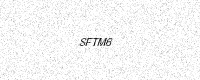
Text: SFTM6